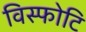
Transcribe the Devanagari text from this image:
विस्फोटि